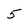
Character: 5